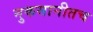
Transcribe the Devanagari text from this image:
नुकसानीतच